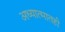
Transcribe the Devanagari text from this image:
अध्यात्मातही